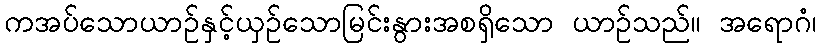
ကအပ်သောယာဉ်နှင့်ယှဉ်သောမြင်းနွားအစရှိသော ယာဉ်သည်။ အရောဂံ၊